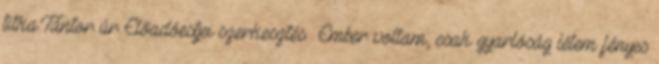
titka.Tántor úr Előadóestjei szerkesztés Ember voltam, csak gyarlóság létem fényes